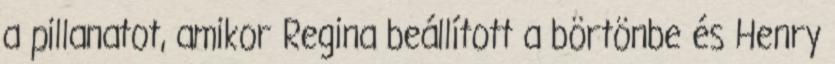
a pillanatot, amikor Regina beállított a börtönbe és Henry